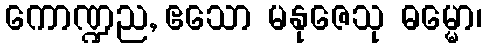
ကောဏ္ဍည, ဧသော မနုဇေသု ဓမ္မော၊